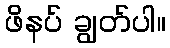
ဖိနပ် ချွတ်ပါ။